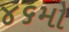
૪૬મો